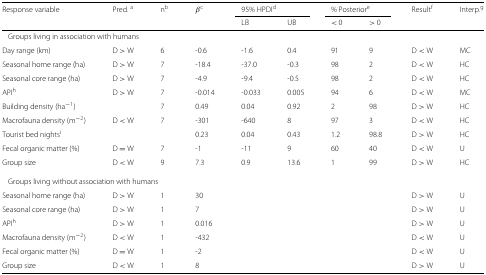
<table><thead><tr><td><b>Response variable</b></td><td><b>Pred. <sup>a</sup></b></td><td><b>n<sup>b</sup></b></td><td><b><i>β</i><sup>c</sup></b></td><td colspan="2"><b>95% HPDI<sup>d</sup></b></td><td colspan="2"><b>% Posterior<sup>e</sup></b></td><td><b>Result<sup>f</sup></b></td><td><b>Interp.<sup>g</sup></b></td></tr><tr><td></td><td></td><td></td><td></td><td><b>LB</b></td><td><b>UB</b></td><td><b>&lt; 0</b></td><td><b>&gt; 0</b></td><td></td><td></td></tr></thead><tbody><tr><td colspan="4">Groups living in association with humans</td><td colspan="6"></td></tr><tr><td>Day range (km)</td><td>D &gt; W</td><td>6</td><td>-0.6</td><td>-1.6</td><td>0.4</td><td>91</td><td>9</td><td>D &lt; W</td><td>MC</td></tr><tr><td>Seasonal home range (ha)</td><td>D &gt; W</td><td>7</td><td>-18.4</td><td>-37.0</td><td>-0.3</td><td>98</td><td>2</td><td>D &lt; W</td><td>HC</td></tr><tr><td>Seasonal core range (ha)</td><td>D &gt; W</td><td>7</td><td>-4.9</td><td>-9.4</td><td>-0.5</td><td>98</td><td>2</td><td>D &lt; W</td><td>HC</td></tr><tr><td>API<sup>h</sup></td><td>D &gt; W</td><td>7</td><td>-0.014</td><td>-0.033</td><td>0.005</td><td>94</td><td>6</td><td>D &lt; W</td><td>MC</td></tr><tr><td>Building density (ha <sup>−1</sup>)</td><td></td><td>7</td><td>0.49</td><td>0.04</td><td>0.92</td><td>2</td><td>98</td><td>D &gt; W</td><td>HC</td></tr><tr><td>Macrofauna density (m <sup>−2</sup>)</td><td>D &lt; W</td><td>7</td><td>-301</td><td>-640</td><td>8</td><td>97</td><td>3</td><td>D &lt; W</td><td>HC</td></tr><tr><td>Tourist bed nights<sup>i</sup></td><td></td><td></td><td>0.23</td><td>0.04</td><td>0.43</td><td>1.2</td><td>98.8</td><td>D &gt; W</td><td>HC</td></tr><tr><td>Fecal organic matter (%)</td><td>D = W</td><td>7</td><td>-1</td><td>-11</td><td>9</td><td>60</td><td>40</td><td>D &lt; W</td><td>U</td></tr><tr><td>Group size</td><td>D &lt; W</td><td>9</td><td>7.3</td><td>0.9</td><td>13.6</td><td>1</td><td>99</td><td>D &gt; W</td><td>HC</td></tr><tr><td colspan="4">Groups living without association with humans</td><td colspan="6"></td></tr><tr><td>Seasonal home range (ha)</td><td>D &gt; W</td><td>1</td><td>30</td><td></td><td></td><td></td><td></td><td>D &gt; W</td><td>U</td></tr><tr><td>Seasonal core range (ha)</td><td>D &gt; W</td><td>1</td><td>7</td><td></td><td></td><td></td><td></td><td>D &gt; W</td><td>U</td></tr><tr><td>API<sup>h</sup></td><td>D &gt; W</td><td>1</td><td>0.016</td><td></td><td></td><td></td><td></td><td>D &gt; W</td><td>U</td></tr><tr><td>Macrofauna density (m <sup>−2</sup>)</td><td>D &lt; W</td><td>1</td><td>-432</td><td></td><td></td><td></td><td></td><td>D &lt; W</td><td>U</td></tr><tr><td>Fecal organic matter (%)</td><td>D = W</td><td>1</td><td>-2</td><td></td><td></td><td></td><td></td><td>D &lt; W</td><td>U</td></tr><tr><td>Group size</td><td>D &lt; W</td><td>1</td><td>8</td><td></td><td></td><td></td><td></td><td>D &gt; W</td><td>U</td></tr></tbody></table>